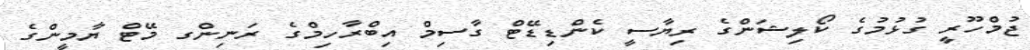
ޖުމްހޫރީ ގުޅުމުގެ ކޯލިޝަންގެ ރިޔާސީ ކެންޑިޑޭޓް ގާސިމް އިބްރާހިމްގެ ރަނިންގ މޭޓް ޔާމީންގެ